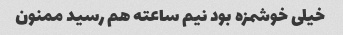
خیلی خوشمزه بود نیم ساعته هم رسید ممنون